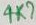
Text: 4K7